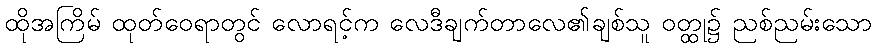
ထိုအကြိမ် ထုတ်ဝေရာတွင် လောရင့်က လေဒီချက်တာလေ၏ချစ်သူ ဝတ္ထု၌ ညစ်ညမ်းသော